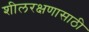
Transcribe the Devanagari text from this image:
शीलरक्षणासाठी